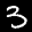
Label: 3